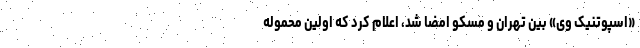
«اسپوتنیک وی» بین تهران و مسکو امضا شد، اعلام کرد که اولین محموله